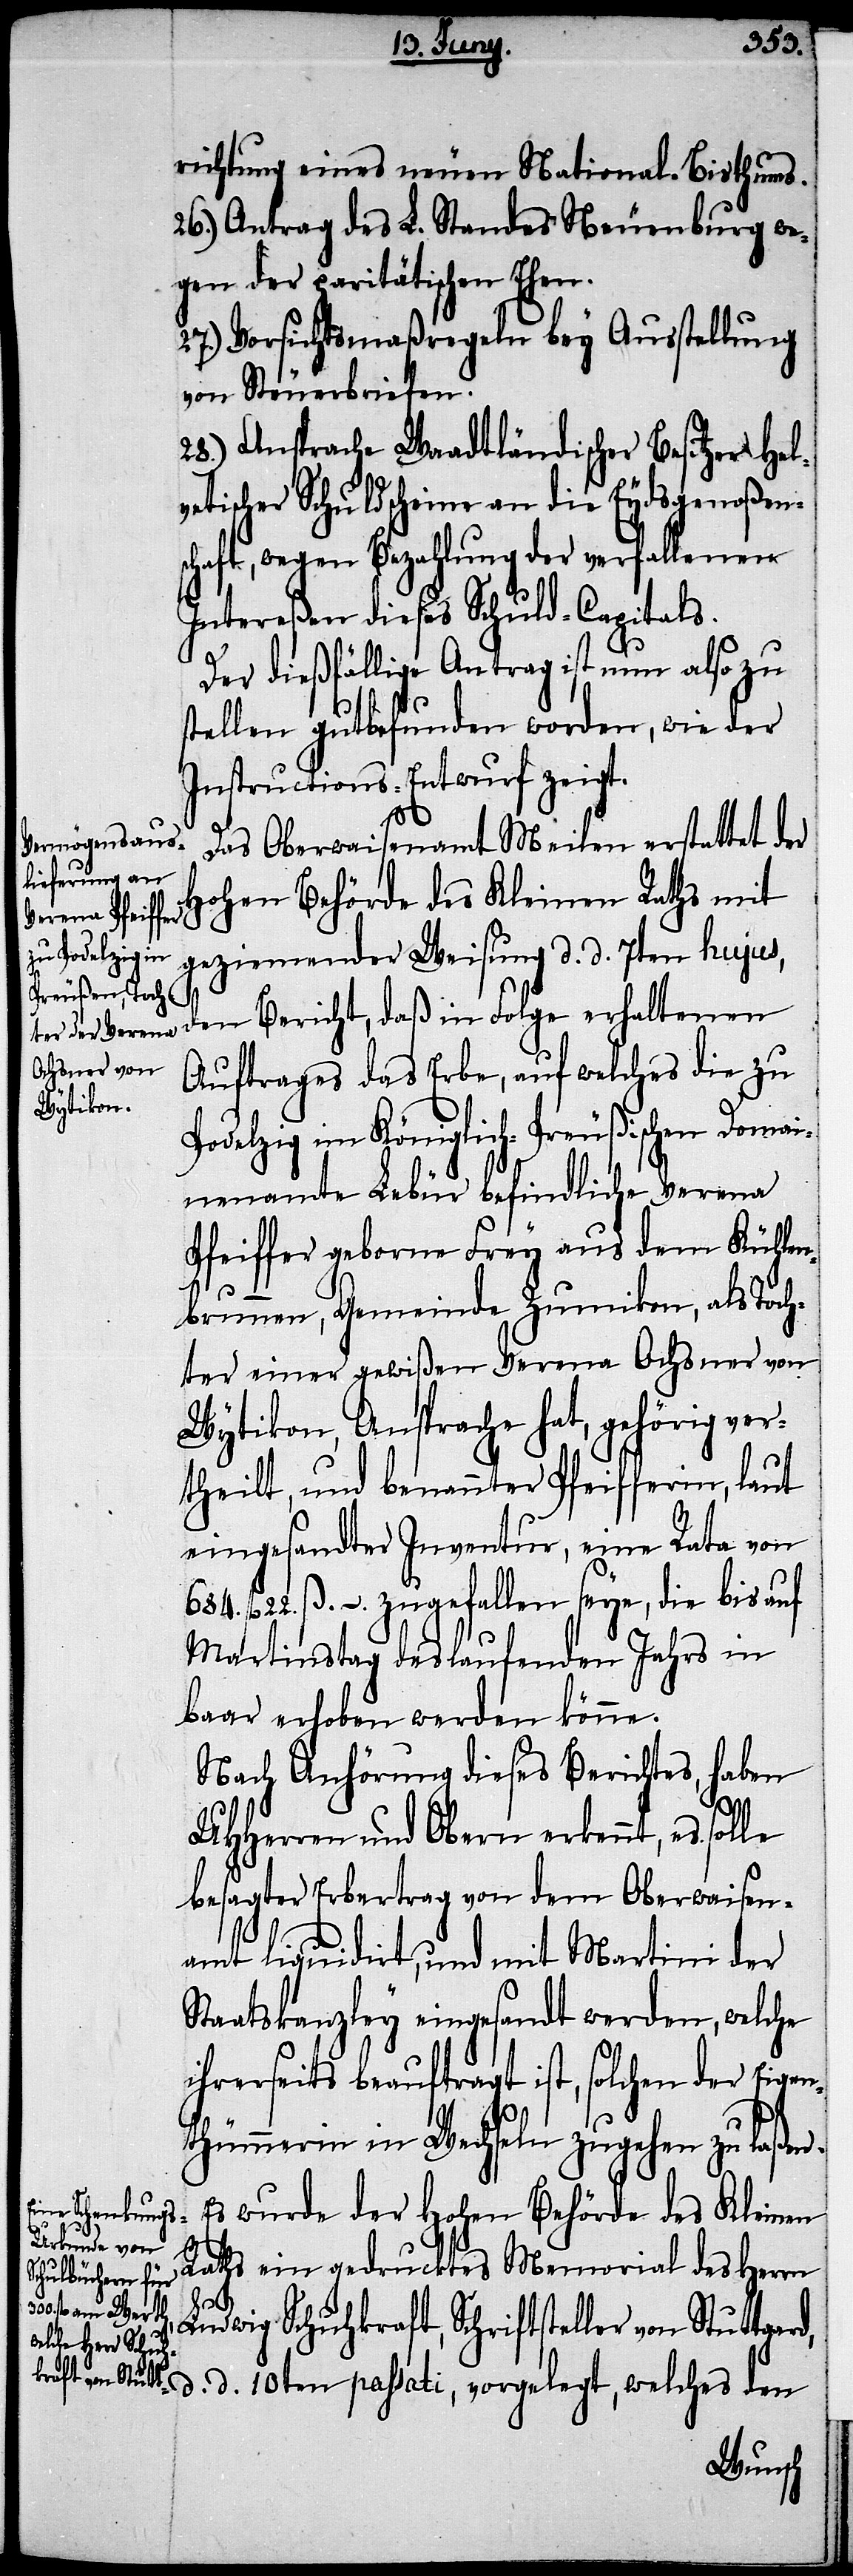
richtung eines neuen National-Bisthums.
26.) Antrag des L. Standes Neuenburg we¬
gen der paritätischen Ehen.
27.) Vorsichtsmaßregeln bey Ausstellung
von Steuerbriefen.
28.) Ansprache Waadtländischer Besitzer Hel¬
vetischer Schuldscheine an die Eydsgenoßen¬
schaft, wegen Bezahlung der verfallenen
Intereßen dieses Schuld-Capitals.
Der dießfällige Antrag ist nun also zu
stellen gutbefunden worden, wie der
Instructions-Entwurf zeigt.
Das Oberwaisenamt Meilen erstattet der
Hohen Behörde des Kleinen Raths mit
geziemender Weisung d. d. 7ten hujus,
den Bericht, daß in Folge erhaltenen
Auftrages das Erbe, auf welches die zu
Podelzig im Königlich-Preußischen Domai¬
nenamte Lebür befindliche Verena
Pfeiffer geborne Frey aus dem Kühlen¬
brunnen, Gemeinde Zumikon, als Toch¬
ter einer gewißen Verena Ochsner von
Wytikon, Ansprache hat, gehörig ver¬
theilt, und benannter Pfeifferin, laut
eingesandter Inventur, eine Rata von
fl. 22. ß. –. zugefallen seye, die bis auf
Martinstag des laufenden Jahrs in
baar erhoben werden könne.
Nach Anhörung dieses Berichtes, haben
684.
UHHerren und Obern erkennt, es solle
besagter Erbertrag von dem Oberwaisen¬
amt liquidirt, und mit Martini der
Staatskanzley eingesandt werden, welche
ihrerseits beauftragt ist, solchen der Eigen¬
thümerin in Wechseln zugehen zu laßen.
Es wurde der Hohen Behörde des Kleinen
Raths ein gedrucktes Memorial des Herrn
Ludwig Schuhkraft, Schriftsteller von Stut¬
tgard, d. d. 10ten passati, vorgelegt, welches den